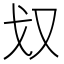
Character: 𭆧